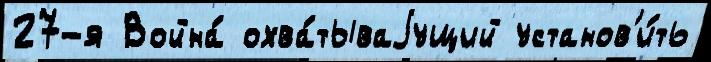
27-я Война́ охва́тываjущий установ'и́ть